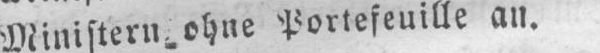
Ministern ohne Portefeuille an.